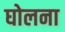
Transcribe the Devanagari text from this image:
घोलना